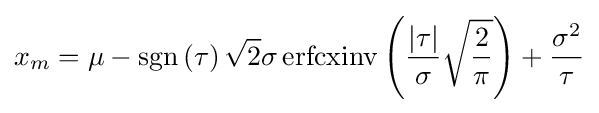
x_{m}=\mu -\operatorname {sgn} \left(\tau \right){\sqrt {2}}\sigma \operatorname {erfcxinv} \left({\frac {{|}\tau {|}}{\sigma }}{\sqrt {\frac {2}{\pi }}}\right)+{\frac {\sigma ^{2}}{\tau }}